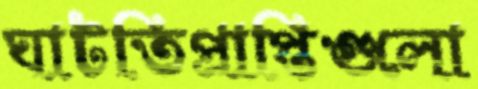
ঘাটতিপ্রাপ্তিগুলো